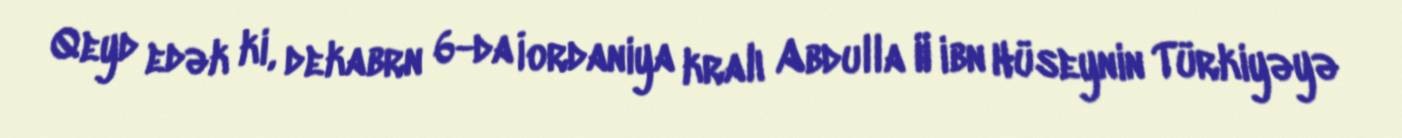
Qeyd edək ki, dekabrn 6-da İordaniya kralı Abdulla II ibn Hüseynin Türkiyəyə